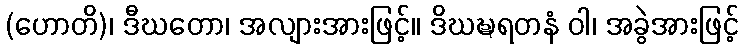
(ဟောတိ)၊ ဒီဃတော၊ အလျားအားဖြင့်။ ဒိဃဍ္ဎရတနံ ဝါ၊ အခွဲအားဖြင့်